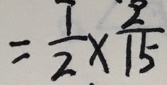
= \frac { 1 } { 2 } \times \frac { 2 } { 1 5 }